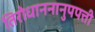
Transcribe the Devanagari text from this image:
तिरोधाननानुपपत्ती